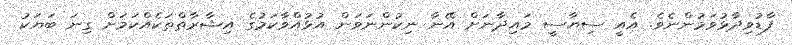
ފާޑުވިދާޅުވަމުންނެވެ. އެއީ ސިޔާސީ މައިދާނަށް އޭނާ ނިކުންނަވަން އުޅުއްވާކަމުގެ އިޝާރާތްތަކެއްކަމަށް ގިނަ ބަޔަކު